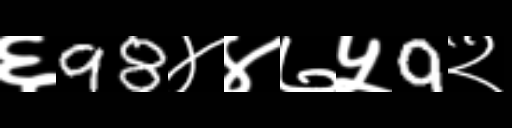
Text: ६98४४७५9२